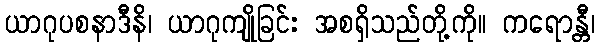
ယာဂုပစနာဒီနိ၊ ယာဂုကျိုခြင်း အစရှိသည်တို့ကို။ ကရောန္တီ၊